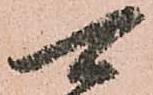
可